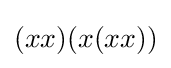
(xx)(x(xx))